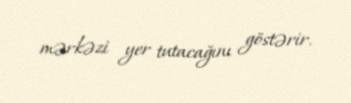
mərkəzi yer tutacağını göstərir.